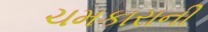
ચમકારાની